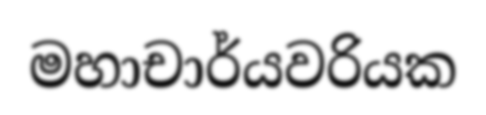
මහාචාර්යවරියක